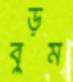
বুড়ম